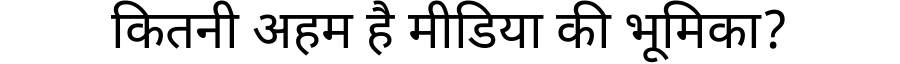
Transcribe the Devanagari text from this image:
कितनी अहम है मीडिया की भूमिका?